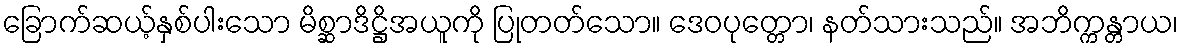
ခြောက်ဆယ့်နှစ်ပါးသော မိစ္ဆာဒိဋ္ဌိအယူကို ပြုတတ်သော။ ဒေဝပုတ္တော၊ နတ်သားသည်။ အဘိက္ကန္တာယ၊